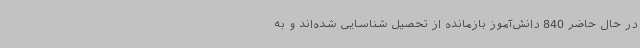
در حال حاضر 840 دانش‌آموز بازمانده از تحصیل شناسایی شده‌اند و به